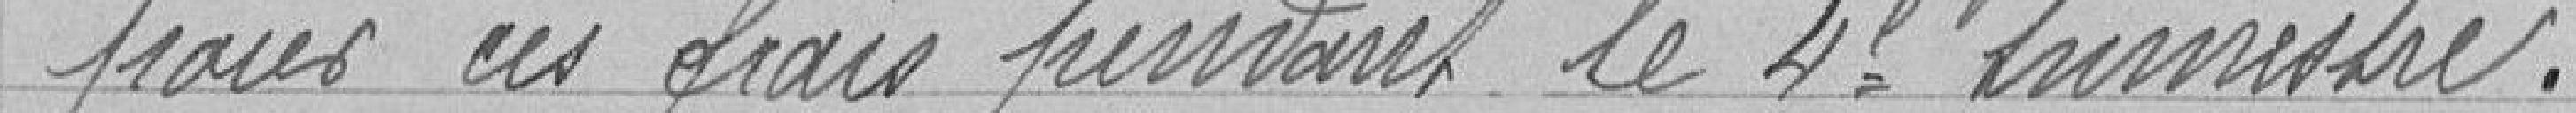
pour ces frais pendant le 4è trimestre .